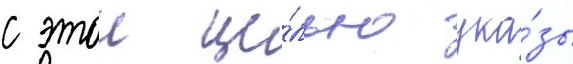
с этои це́лью ука́зы